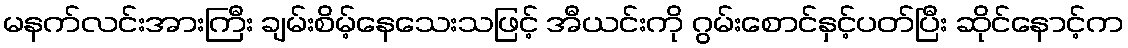
မနက်လင်းအားကြီး ချမ်းစိမ့်နေသေးသဖြင့် အီယင်းကို ဂွမ်းစောင်နှင့်ပတ်ပြီး ဆိုင်နောင့်က